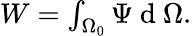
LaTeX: \begin{array}{r}{W=\int_{\Omega_{0}}\Psi\mathrm{~d~}\Omega.}\end{array}